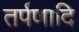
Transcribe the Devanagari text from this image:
तर्पणादि